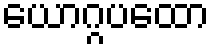
ယောဂ္ဂပထော